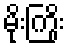
မိုးကြိုး